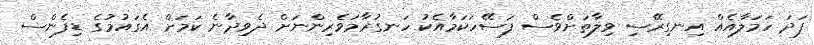
ފަދަ ހަމަލާއެއް އިނގިރޭސި ވިލާތަށްވެސް ފަސޭހަކަމާއެކު ހަނގުރާމަވެރިންނަށް ދެވިދާނެ ކަމަށް އެގައުމުގެ ޑިފެންސް